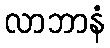
လာဘာနံ